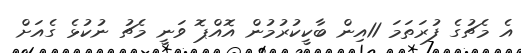
އެ މެޗުގެ ފުރަތަމަ 11އިން ބާކީކުރުމުން އޮއްޕޮ ވަނީ މެޗު ނުކުޅެ ގެއަށް